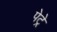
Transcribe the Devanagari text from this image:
पेट्रे